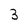
Character: 3